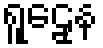
ရူဠှေန